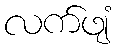
လက်ဖျံ